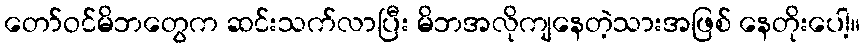
တော်ဝင်မိဘတွေက ဆင်းသက်လာပြီး မိဘအလိုကျနေတဲ့သားအဖြစ် နေတိုးပေါ့။